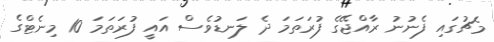
މެޗުގައި ފެނުނު ރާއްޖޭގެ ފުރަތަމަ ދެ ލަނޑުވެސް އައީ ފުރަތަމަ 10 މިނެޓްގެ